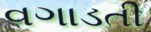
વગાડતી